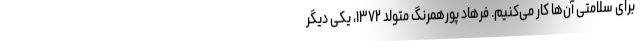
برای سلامتی آن‌ها کار می‌کنیم. فرهاد پورهمرنگ متولد ۱۳۷۲، یکی دیگر